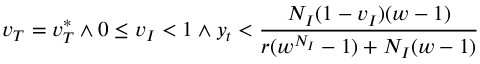
v _ { T } = v _ { T } ^ { * } \land 0 \le v _ { I } < 1 \land y _ { t } < \frac { N _ { I } ( 1 - v _ { I } ) ( w - 1 ) } { r ( w ^ { N _ { I } } - 1 ) + N _ { I } ( w - 1 ) }